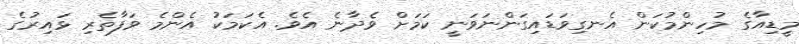
މީޑިއާގެ މުހިންމުކަން އެނގިވަޑައިގަންނަވަނީ ކަމަށް ވެދާނެ އެވެ. އެކަމަކު އެންމެ ވަފާތެރި ޅައިރުގެ